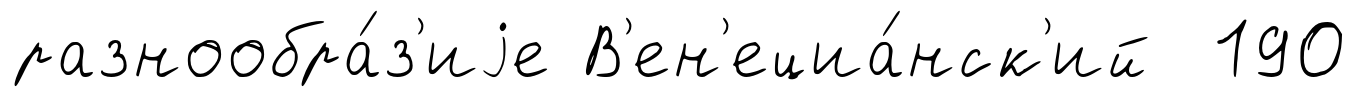
разнообра́з'иjе В'ен'ециа́нск'ий 190